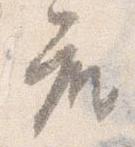
座